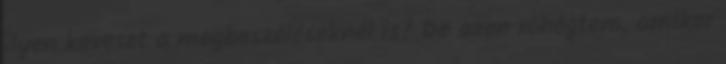
ilyen keveset a megbeszéléseknél is? De azon röhögtem, amikor